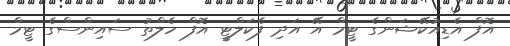
އޮފް އެޑިއުކޭޝަންގެ ޓީމް އޭ އަދި ފެކަލްޓީ އޮފް ހެލްތު ސައިންސްގެ ޓީމް